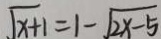
\sqrt { x + 1 } = 1 - \sqrt { 2 x - 5 }